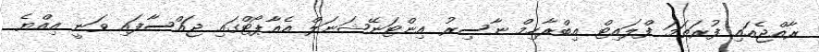
ރާއްޖެއައި ފުރަތަމަ ފްލައިޓް އިބްރާހިމް ނާސިރު އިންޓަނޭޝަނަލް އެއާޕޯޓްގައި ޖައްސާފައި ވަނީ އިއްޔެ